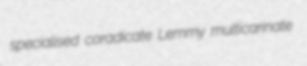
specialised coradicate Lemmy multicarinate